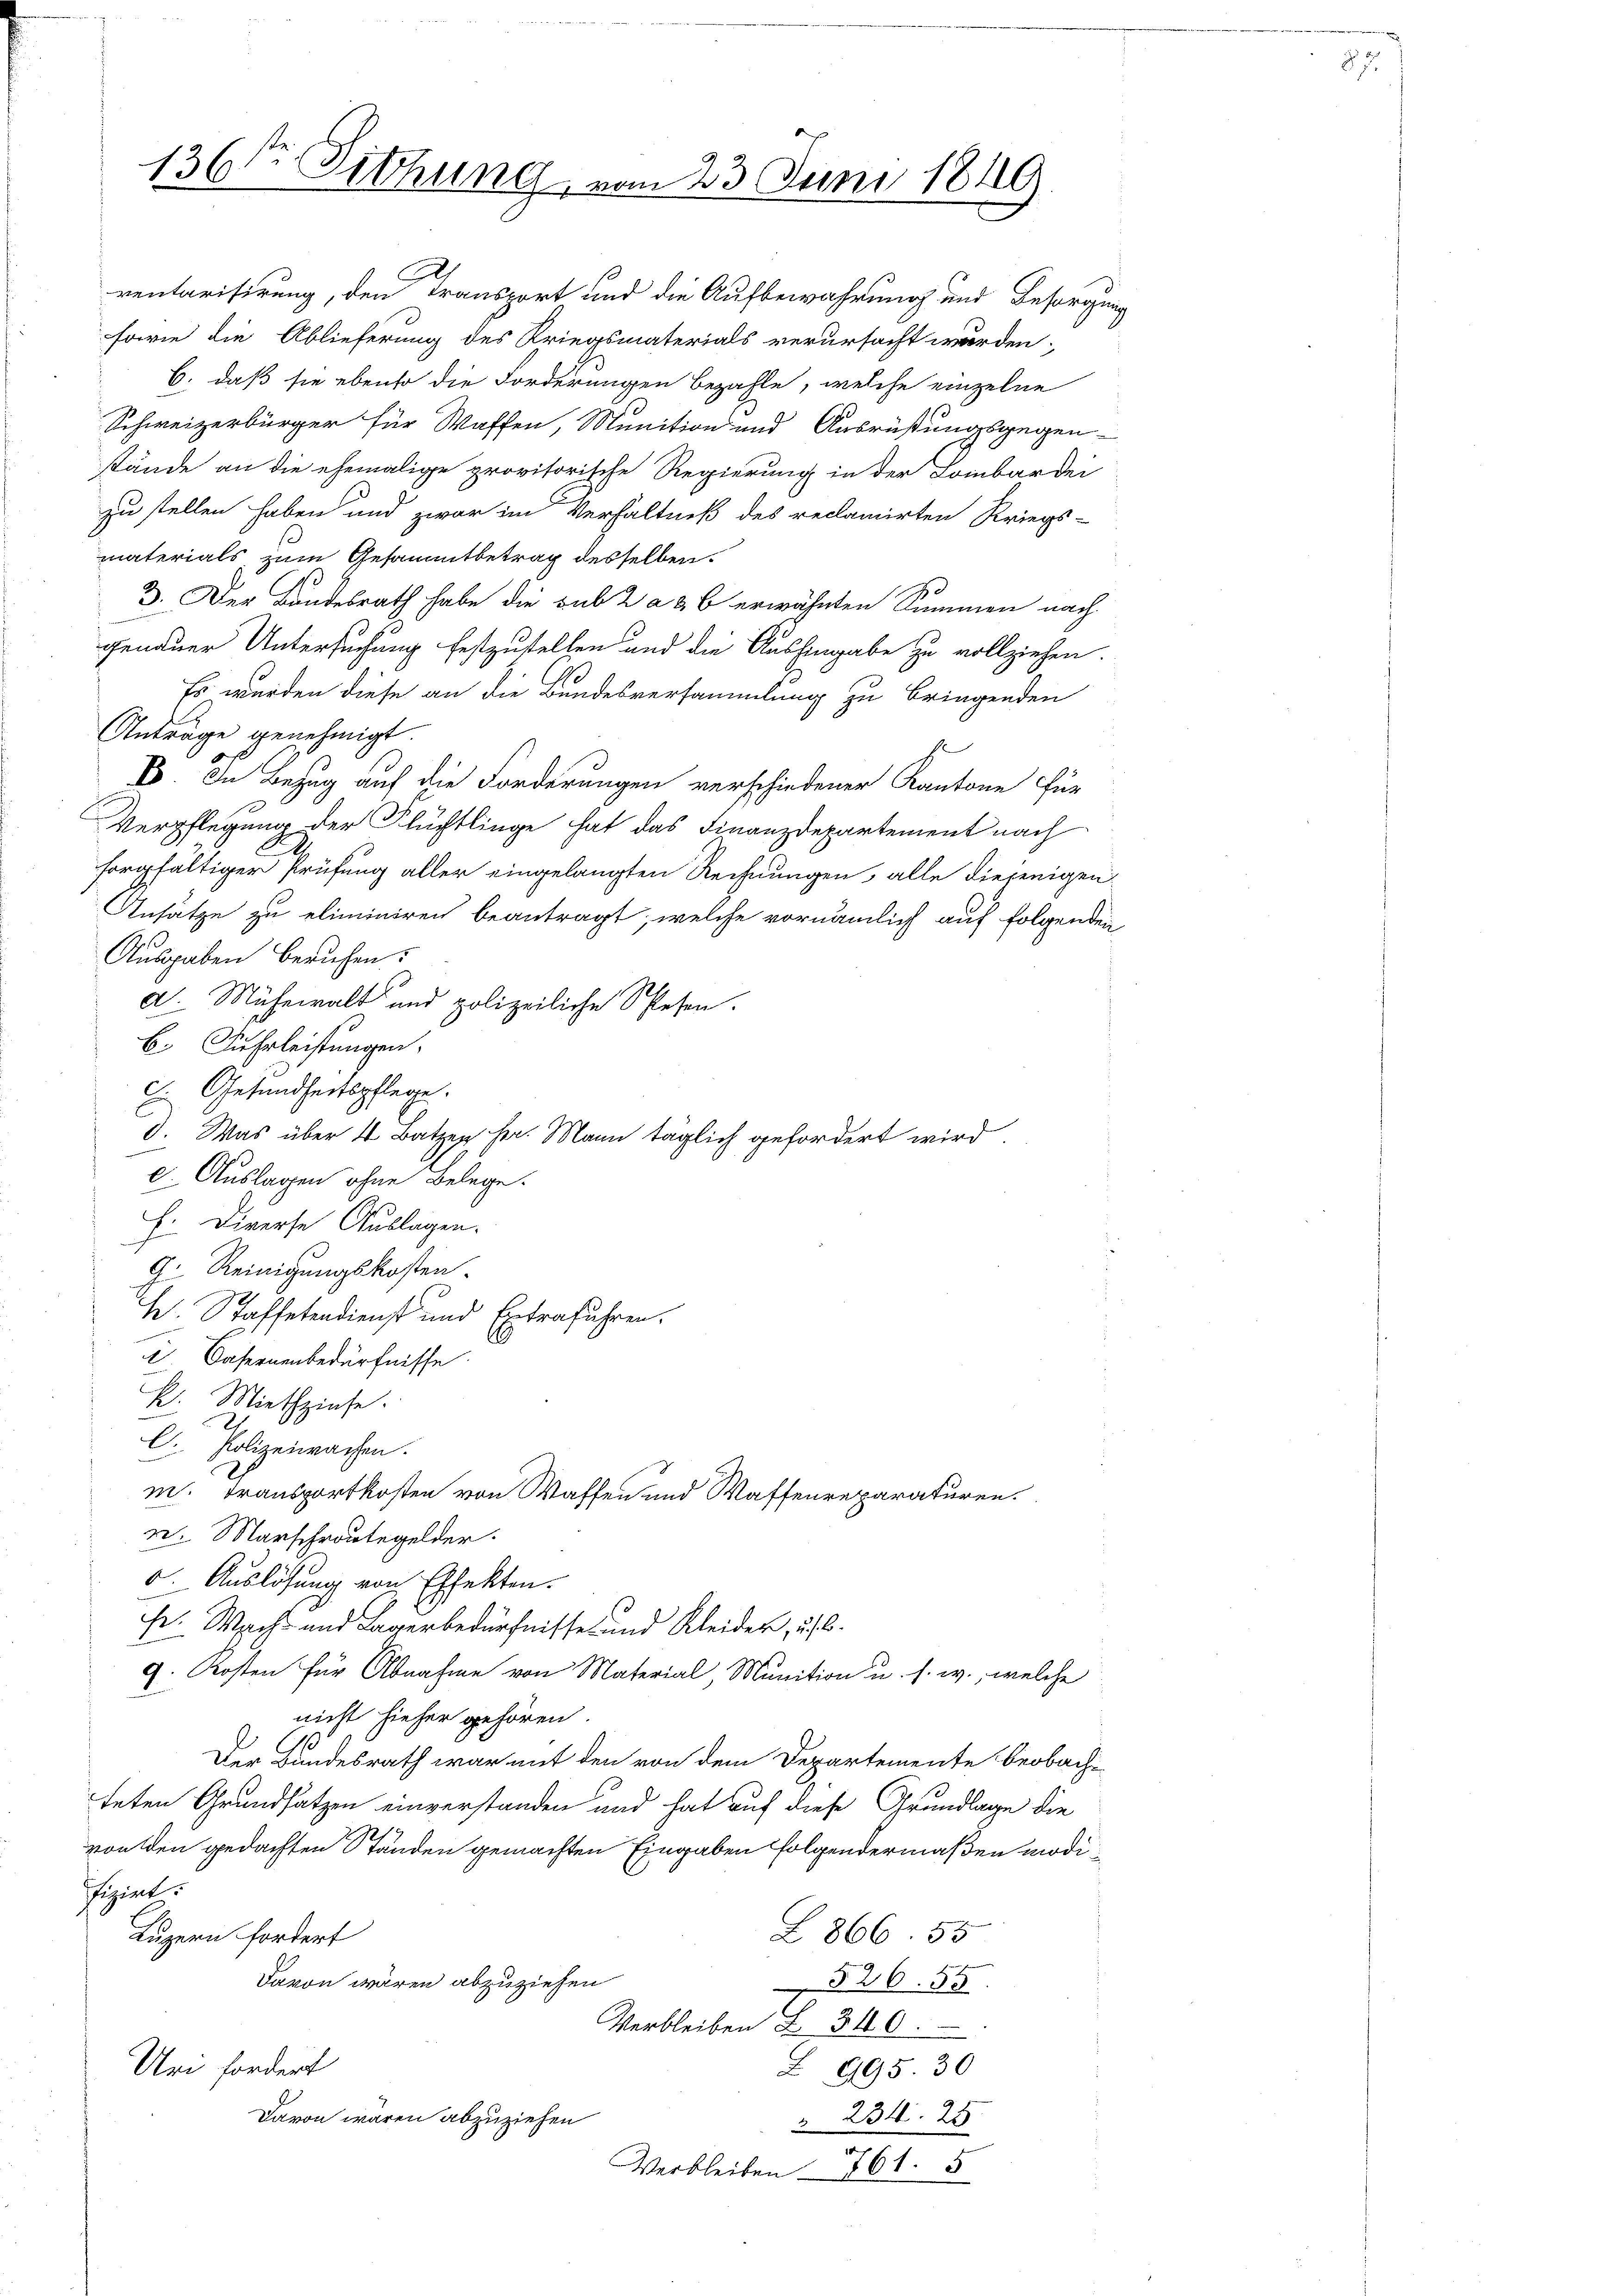
C
ventarisirung, den Transport und die Aufbewahrung und Besorgung
forie die Ablieferung des Kriegsmaterials verursacht wurden;
6. daß sie ebenso die Forderungen bezahle, welche einzelne
Schweizerbürger für Waffen, Munition und Ausrüstungsgegenstände an die ehemalige provisorische Regierung in der Lombardei
zu stellen haben und zwar im Verhältniß des reclamirten Kriegs-
materials zum Gesammtbetrag desselben.
3. Der Bundesrath habe die sub 2 a & 6 erwähnten Summen nach
genauer Untersuchung festzustellen und die Aushingabe zu vollziehen.
Es wurden diese an die Bundesversammlung zu bringenden
Anträge genehmigt.
s
V. In Bezug auf die Forderungen verschiedener Kantone für
Verpflegung der Flüchtlinge hat das Finanzdepartement nach
sorgfältiger Prüfung aller eingelangten Rechnungen, alle diejenigen
Ansätze zu eliminiren beantragt, welche vornämlich auf folgenden
Ausgaben beruhen.
d Mühewalt und polizeiliche Schlesen.
b. Fuhrleistungen.
E. Gesundheitspflege.
d. Was über 4 Batzen her. Mann täglich gefordert wird.
l. Auslagen ohne Belege.
h. Diverse Auslagen.
G. Reinigungskosten.
W. Staffetendienst und Extraführen.
 Casernenbedürfnisse.
k. Miethzinse.
C. Polizeiwachen.
m. Transportkosten von Waffen und Waffenreparaturen.
n. Marschroutegelder.
. Auslösung von Effekten.
fe. Wachs und Lagerbedürfnisse und Kleider, u. 6.
9. Kosten für Abnahme von Material, Munition u. s. w., welche
nicht hieher gehören.
Der Bundesrath war mit den von dem Departemente beobachteten Grundsatzen einverstanden und hat auf diese Grundlage die
von den gedachten Ständen gemachten Eingaben folgendermaßen modi¬
Fint.
L 866. 55
Luzern fordert
Davon wären abzuziehen
526. 55
Verbleiben L. 310.
Uri fordert
Z 995. 30
Davon waren abzuziehen
 234. 25
Verbleiben - 761. 5

136te Sitzung vom 23. Juni 1849